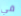
في